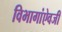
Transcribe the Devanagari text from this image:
विभागांऐवजी